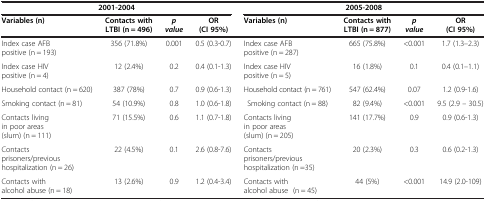
<table><thead><tr><td colspan="4"><b>2001-2004</b></td><td colspan="4"><b>2005-2008</b></td></tr><tr><td><b>Variables (n)</b></td><td><b>Contacts with LTBI(n = 496)</b></td><td><b><i>p value</i></b></td><td><b>OR (CI 95%)</b></td><td><b>Variables (n)</b></td><td><b>Contacts with LTBI(n = 877)</b></td><td><b><i>p value</i></b></td><td><b>OR (CI 95%)</b></td></tr></thead><tbody><tr><td>Index case AFB positive (n = 193)</td><td>356 (71.8%)</td><td>0.001</td><td>0.5 (0.3-0.7)</td><td>Index case AFB positive (n = 287)</td><td>665 (75.8%)</td><td>&lt;0.001</td><td>1.7 (1.3–2.3)</td></tr><tr><td>Index case HIV positive (n = 4)</td><td>12 (2.4%)</td><td>0.2</td><td>0.4 (0.1-1.3)</td><td>Index case HIV positive (n = 5)</td><td>16 (1.8%)</td><td>0.1</td><td>0.4 (0.1–1.1)</td></tr><tr><td>Household contact (n = 620)</td><td>387 (78%)</td><td>0.7</td><td>0.9 (0.6-1.3)</td><td>Household contact (n = 761)</td><td>547 (62.4%)</td><td>0.07</td><td>1.2 (0.9-1.6)</td></tr><tr><td>Smoking contact (n = 81)</td><td>54 (10.9%)</td><td>0.8</td><td>1.0 (0.6-1.8)</td><td>Smoking contact (n = 88)</td><td>82 (9.4%)</td><td>&lt;0.001</td><td>9.5 (2.9 – 30.5)</td></tr><tr><td>Contacts living in poor areas (slum) (n = 111)</td><td>71 (15.5%)</td><td>0.6</td><td>1.1 (0.7-1.8)</td><td>Contacts living in poor areas (slum) (n = 205)</td><td>141 (17.7%)</td><td>0.9</td><td>0.9 (0.6-1.3)</td></tr><tr><td>Contacts prisoners/previous hospitalization (n = 26)</td><td>22 (4.5%)</td><td>0.1</td><td>2.6 (0.8-7.6)</td><td>Contacts prisoners/previous hospitalization (n =35)</td><td>20 (2.3%)</td><td>0.3</td><td>0.6 (0.2-1.3)</td></tr><tr><td>Contacts with alcohol abuse (n = 18)</td><td>13 (2.6%)</td><td>0.9</td><td>1.2 (0.4-3.4)</td><td>Contacts with alcohol abuse (n = 45)</td><td>44 (5%)</td><td>&lt;0.001</td><td>14.9 (2.0-109)</td></tr></tbody></table>